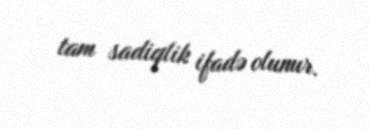
tam sadiqlik ifadə olunur.